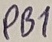
Text: PB7